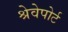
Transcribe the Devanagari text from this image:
श्रेवेपोर्ट